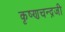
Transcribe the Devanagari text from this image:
कृष्‍णचन्‍द्रजी